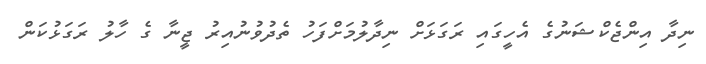
ނިދާ އިންޖެކްޝަނުގެ އެހީގައި ރަގަޅަށް ނިދާލުމަށްފަހު ތެދުވުނުއިރު ޖީނާ ގެ ހާލު ރަގަޅުކަން